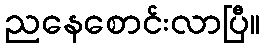
ညနေစောင်းလာပြီ။